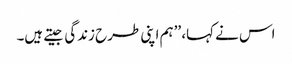
اس نے کہا، ’’ہم اپنی طرح زندگی جیتے ہیں۔